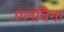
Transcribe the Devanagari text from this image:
एलबिना